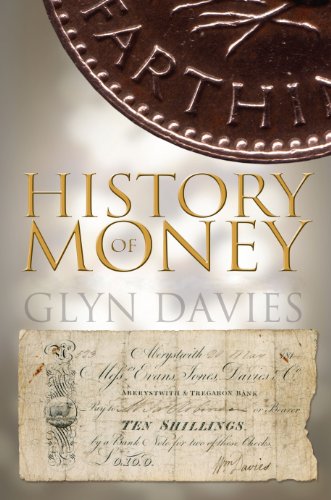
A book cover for A History of Money: From Ancient Times to the Present Day; Glyn Davies; Business & Money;